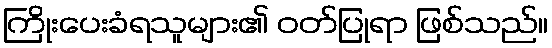
ကြိုးပေးခံရသူများ၏ ဝတ်ပြုရာ ဖြစ်သည်။